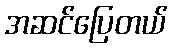
အဆင်ပြေတယ်